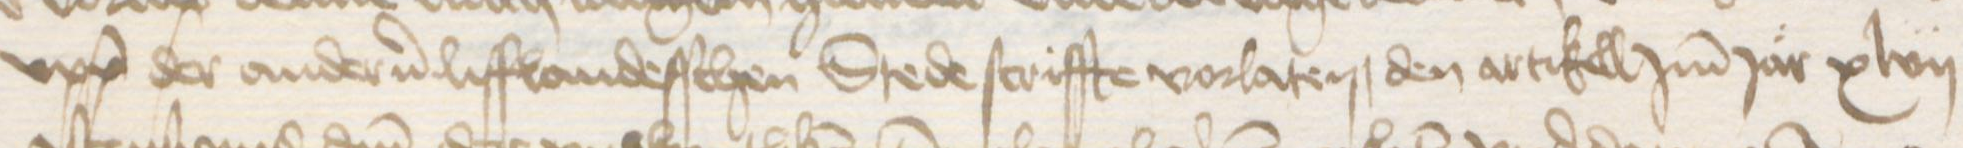
Transcription: upp der anderen lifflandesschen Stede scriffte vorlaten, den artikell Jmm Jar xlvii